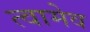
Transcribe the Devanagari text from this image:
त्वामेव